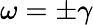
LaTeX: \omega=\pm\gamma